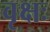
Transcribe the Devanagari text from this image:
वृक्षः